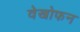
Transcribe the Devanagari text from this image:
वेखोफन